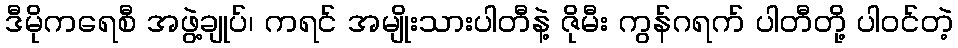
ဒီမိုကရေစီ အဖွဲ့ချုပ်၊ ကရင် အမျိုးသားပါတီနဲ့ ဇိုမီး ကွန်ဂရက် ပါတီတို့ ပါဝင်တဲ့